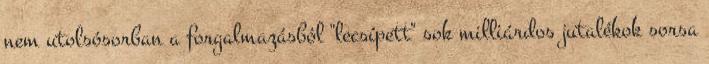
nem utolsósorban a forgalmazásból "lecsípett" sok milliárdos jutalékok sorsa